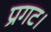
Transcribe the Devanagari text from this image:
प्रगट।